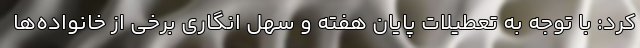
کرد: با توجه به تعطیلات پایان هفته و سهل انگاری برخی از خانواده‌ها